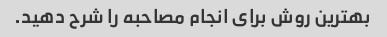
بهترین روش برای انجام مصاحبه را شرح دهید.